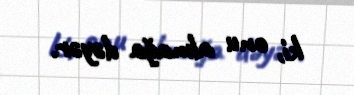
ki, onu almağa dəyər.